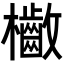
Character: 𣡁